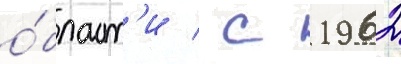
о́бласт'и / с 1962